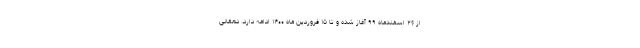
از ۲۶ اسفندماه ٩٩ آغاز شده و تا ١٥ فروردین ماه ۱۴۰۰ ادامه دارد. دهقانی